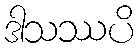
ဒါသဿပိ